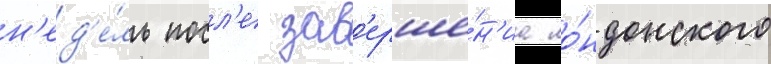
н'ед'е́ль посл'е зав'ерше́н'иа ло́ндонского